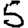
Digit: 5